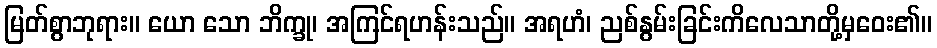
မြတ်စွာဘုရား။ ယော သော ဘိက္ခု၊ အကြင်ရဟန်းသည်။ အရဟံ၊ ညစ်နွမ်းခြင်းကိလေသာတို့မှဝေး၏။